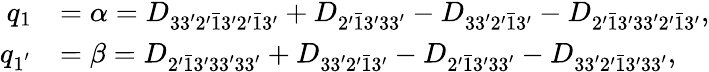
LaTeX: \begin{array}{rl}{q_{1}}&{=\alpha={D_{33^{\prime}2^{\prime}\bar{1}3^{\prime}2^{\prime}\bar{1}3^{\prime}}}+{D_{2^{\prime}\bar{1}3^{\prime}33^{\prime}}}-{D_{33^{\prime}2^{\prime}\bar{1}3^{\prime}}}-{D_{2^{\prime}\bar{1}3^{\prime}33^{\prime}2^{\prime}\bar{1}3^{\prime}}},}\\ {q_{1^{'}}}&{=\beta={D_{2^{\prime}\bar{1}3^{\prime}33^{\prime}33^{\prime}}}+{D_{33^{\prime}2^{\prime}\bar{1}3^{\prime}}}-{D_{2^{\prime}\bar{1}3^{\prime}33^{\prime}}}-{D_{33^{\prime}2^{\prime}\bar{1}3^{\prime}33^{\prime}}},}\end{array}